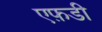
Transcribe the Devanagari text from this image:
एफ़डी